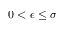
0 < \epsilon \le \sigma